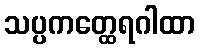
သပ္ပကတ္ထေရဂါထာ